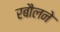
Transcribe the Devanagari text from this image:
रबौलने